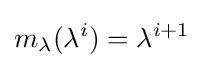
m_{\lambda }(\lambda ^{i})=\lambda ^{i+1}